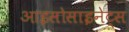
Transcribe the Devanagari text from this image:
आइसोसाइनेट्स